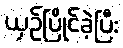
ယှဉ်ပြိုင်ခဲ့ပြီး